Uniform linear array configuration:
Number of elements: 8
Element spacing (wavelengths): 0.5
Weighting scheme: hamming
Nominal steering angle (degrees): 15
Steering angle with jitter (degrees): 13.957
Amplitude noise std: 0.05
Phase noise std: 0.05

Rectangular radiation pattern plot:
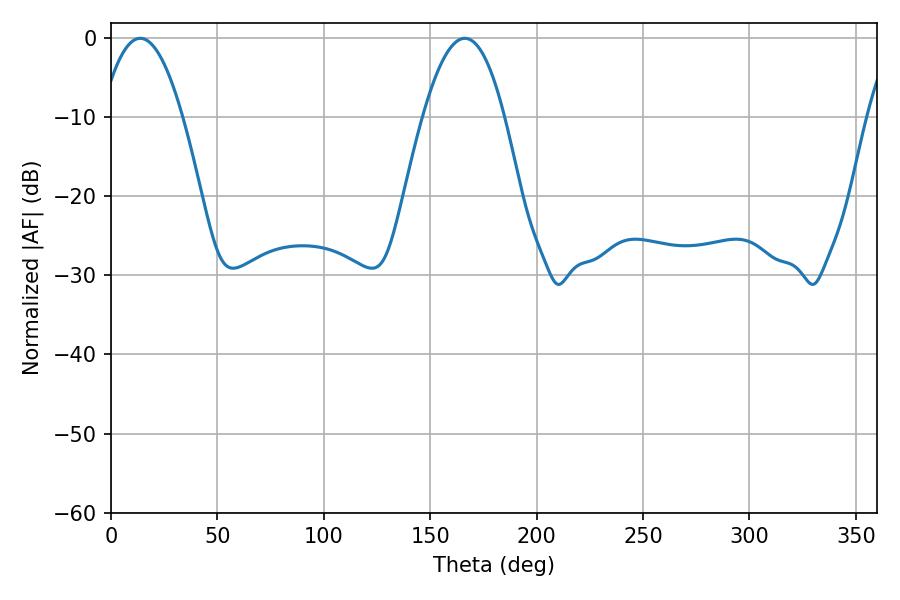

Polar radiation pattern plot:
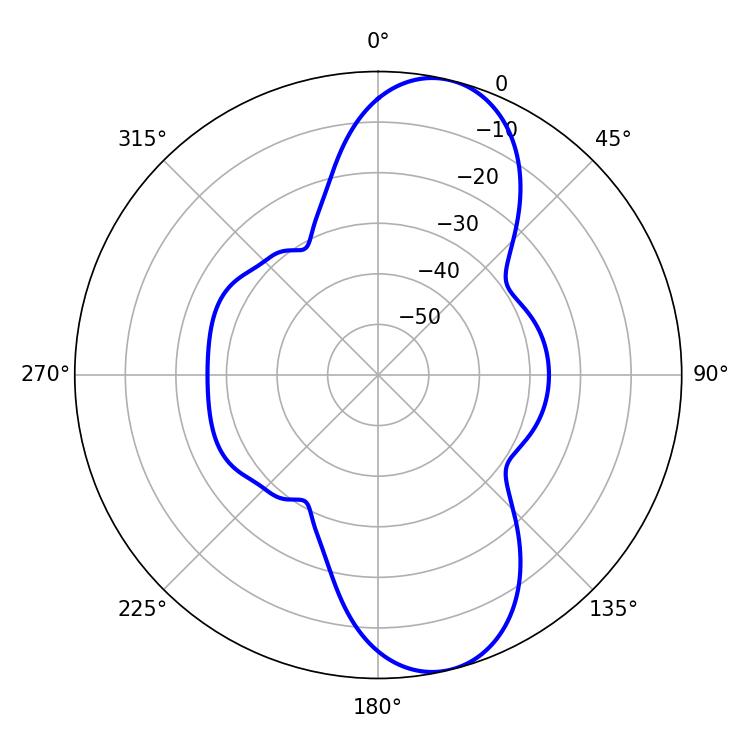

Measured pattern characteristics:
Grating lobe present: FALSE
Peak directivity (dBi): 10.25
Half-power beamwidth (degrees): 21.06
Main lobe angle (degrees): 13.68